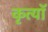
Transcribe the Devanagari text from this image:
कृत्यॉ